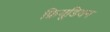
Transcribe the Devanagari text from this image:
फ्रियूडियन